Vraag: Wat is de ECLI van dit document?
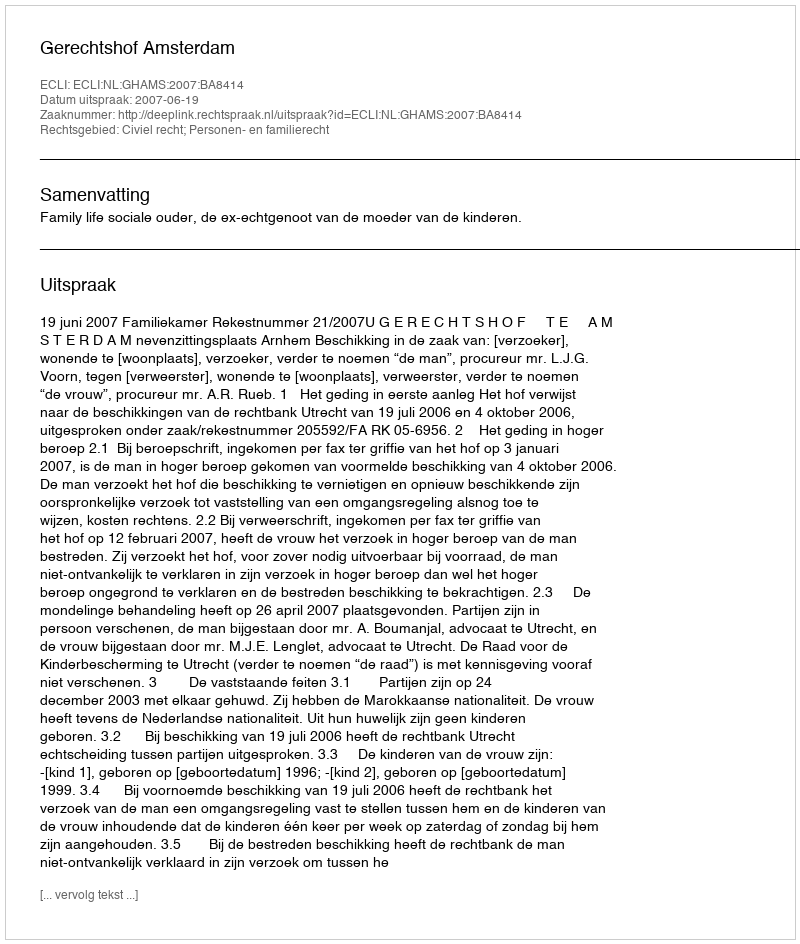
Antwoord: ECLI:NL:GHAMS:2007:BA8414